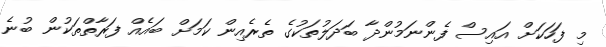
މި ފަހަކަށް އައިސް ފެންނަމުންދާ ބަދަލުތަކުގެ ތެރެއިން ކަމަށް ބައެއް ފަރާތްތަކުން ބުނެ